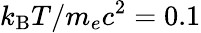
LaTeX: k_{\mathrm{B}}T/m_{e}c^{2}=0.1